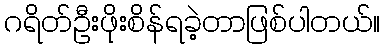
ဂရိတ်ဦးဖိုးစိန်ရခဲ့တာဖြစ်ပါတယ်။